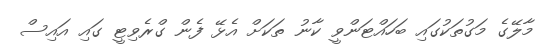
މާލޭގެ މަގުތަކުގައި ބަހައްޓަންވީ ކާނު ތަކަށް އެޅޭ ފެން ގްރެވިޓީ ގައި އައިސް